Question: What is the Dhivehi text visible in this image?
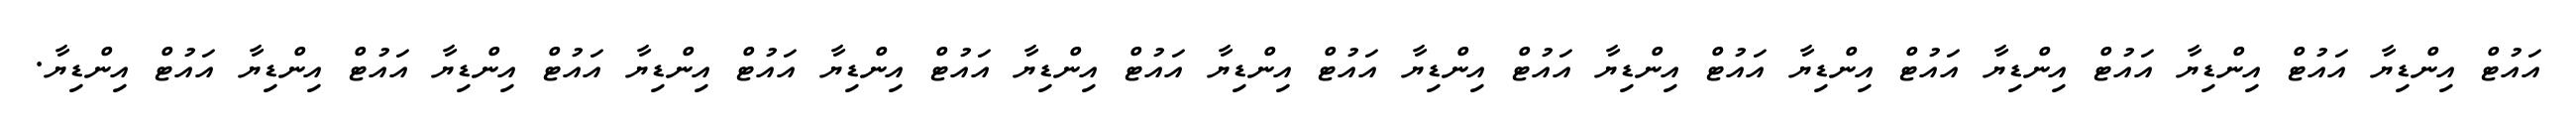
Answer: އައުޓް އިންޑިޔާ އައުޓް އިންޑިޔާ އައުޓް އިންޑިޔާ އައުޓް އިންޑިޔާ އައުޓް އިންޑިޔާ އައުޓް އިންޑިޔާ އައުޓް އިންޑިޔާ އައުޓް އިންޑިޔާ އައުޓް އިންޑިޔާ އައުޓް އިންޑިޔާ އައުޓް އިންޑިޔާ އައުޓް އިންޑިޔާ އައުޓް އިންޑިޔާ.